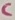
Text: C